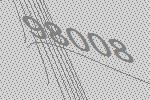
98008